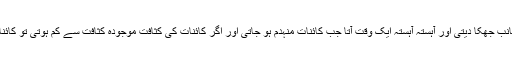
اگر کائنات کی کثافت موجود کثافت سے زیادہ ہوتی تو کائنات کی کشش ثقل اس کو اندر کی جانب جھکا دیتی اور آہستہ آہستہ ایک وقت آتا جب کائنات منہدم ہو جاتی اور اگر کائنات کی کثافت موجودہ کثافت سے کم ہوتی تو کائنات بیضوی شکل میں باہر کی طرف مڑتی چلی جاتی اور آہستہ آہستہ ٹھنڈی ہو کر ختم ہو جاتی۔